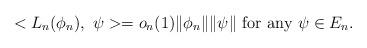
LaTeX: \begin{align*}<L_{n}(\phi_{n}),\ \psi>=o_n(1)\|\phi_n\|\|\psi\| \ \textrm{for any}\ \psi\in E_n.\end{align*}